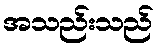
အသည်းသည်